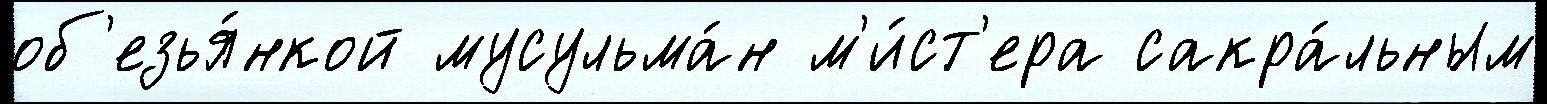
об'езья́нкой мусульма́н м'и́ст'ера сакра́льным